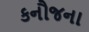
કનૌજના